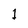
Character: 1